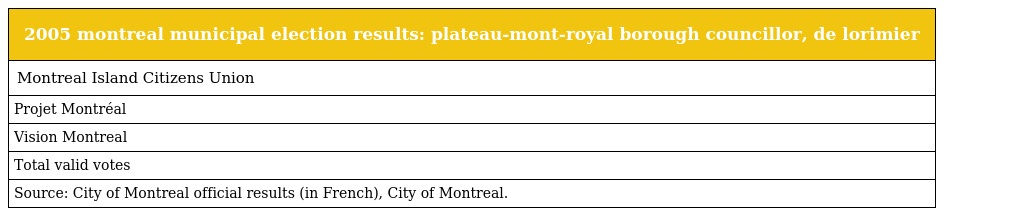
| 2005 montreal municipal election results: plateau-mont-royal borough councillor, de lorimier |
 | --- |
 | Montreal Island Citizens Union |
 | Projet Montréal |
 | Vision Montreal |
 | Total valid votes |
 | Source: City of Montreal official results (in French), City of Montreal. |